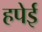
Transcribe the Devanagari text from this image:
हपेई